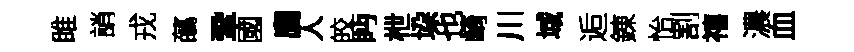
雎誚戎蘤鞏國廌人皎眄枻垜也崎川域逅錬怡割禧濃血